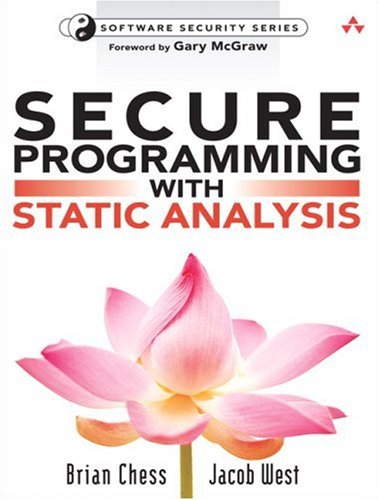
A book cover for Secure Programming with Static Analysis; Brian Chess; Computers & Technology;